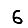
Digit: 6